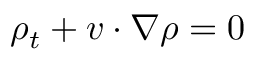
\rho _ { t } + v \cdot \nabla \rho = 0